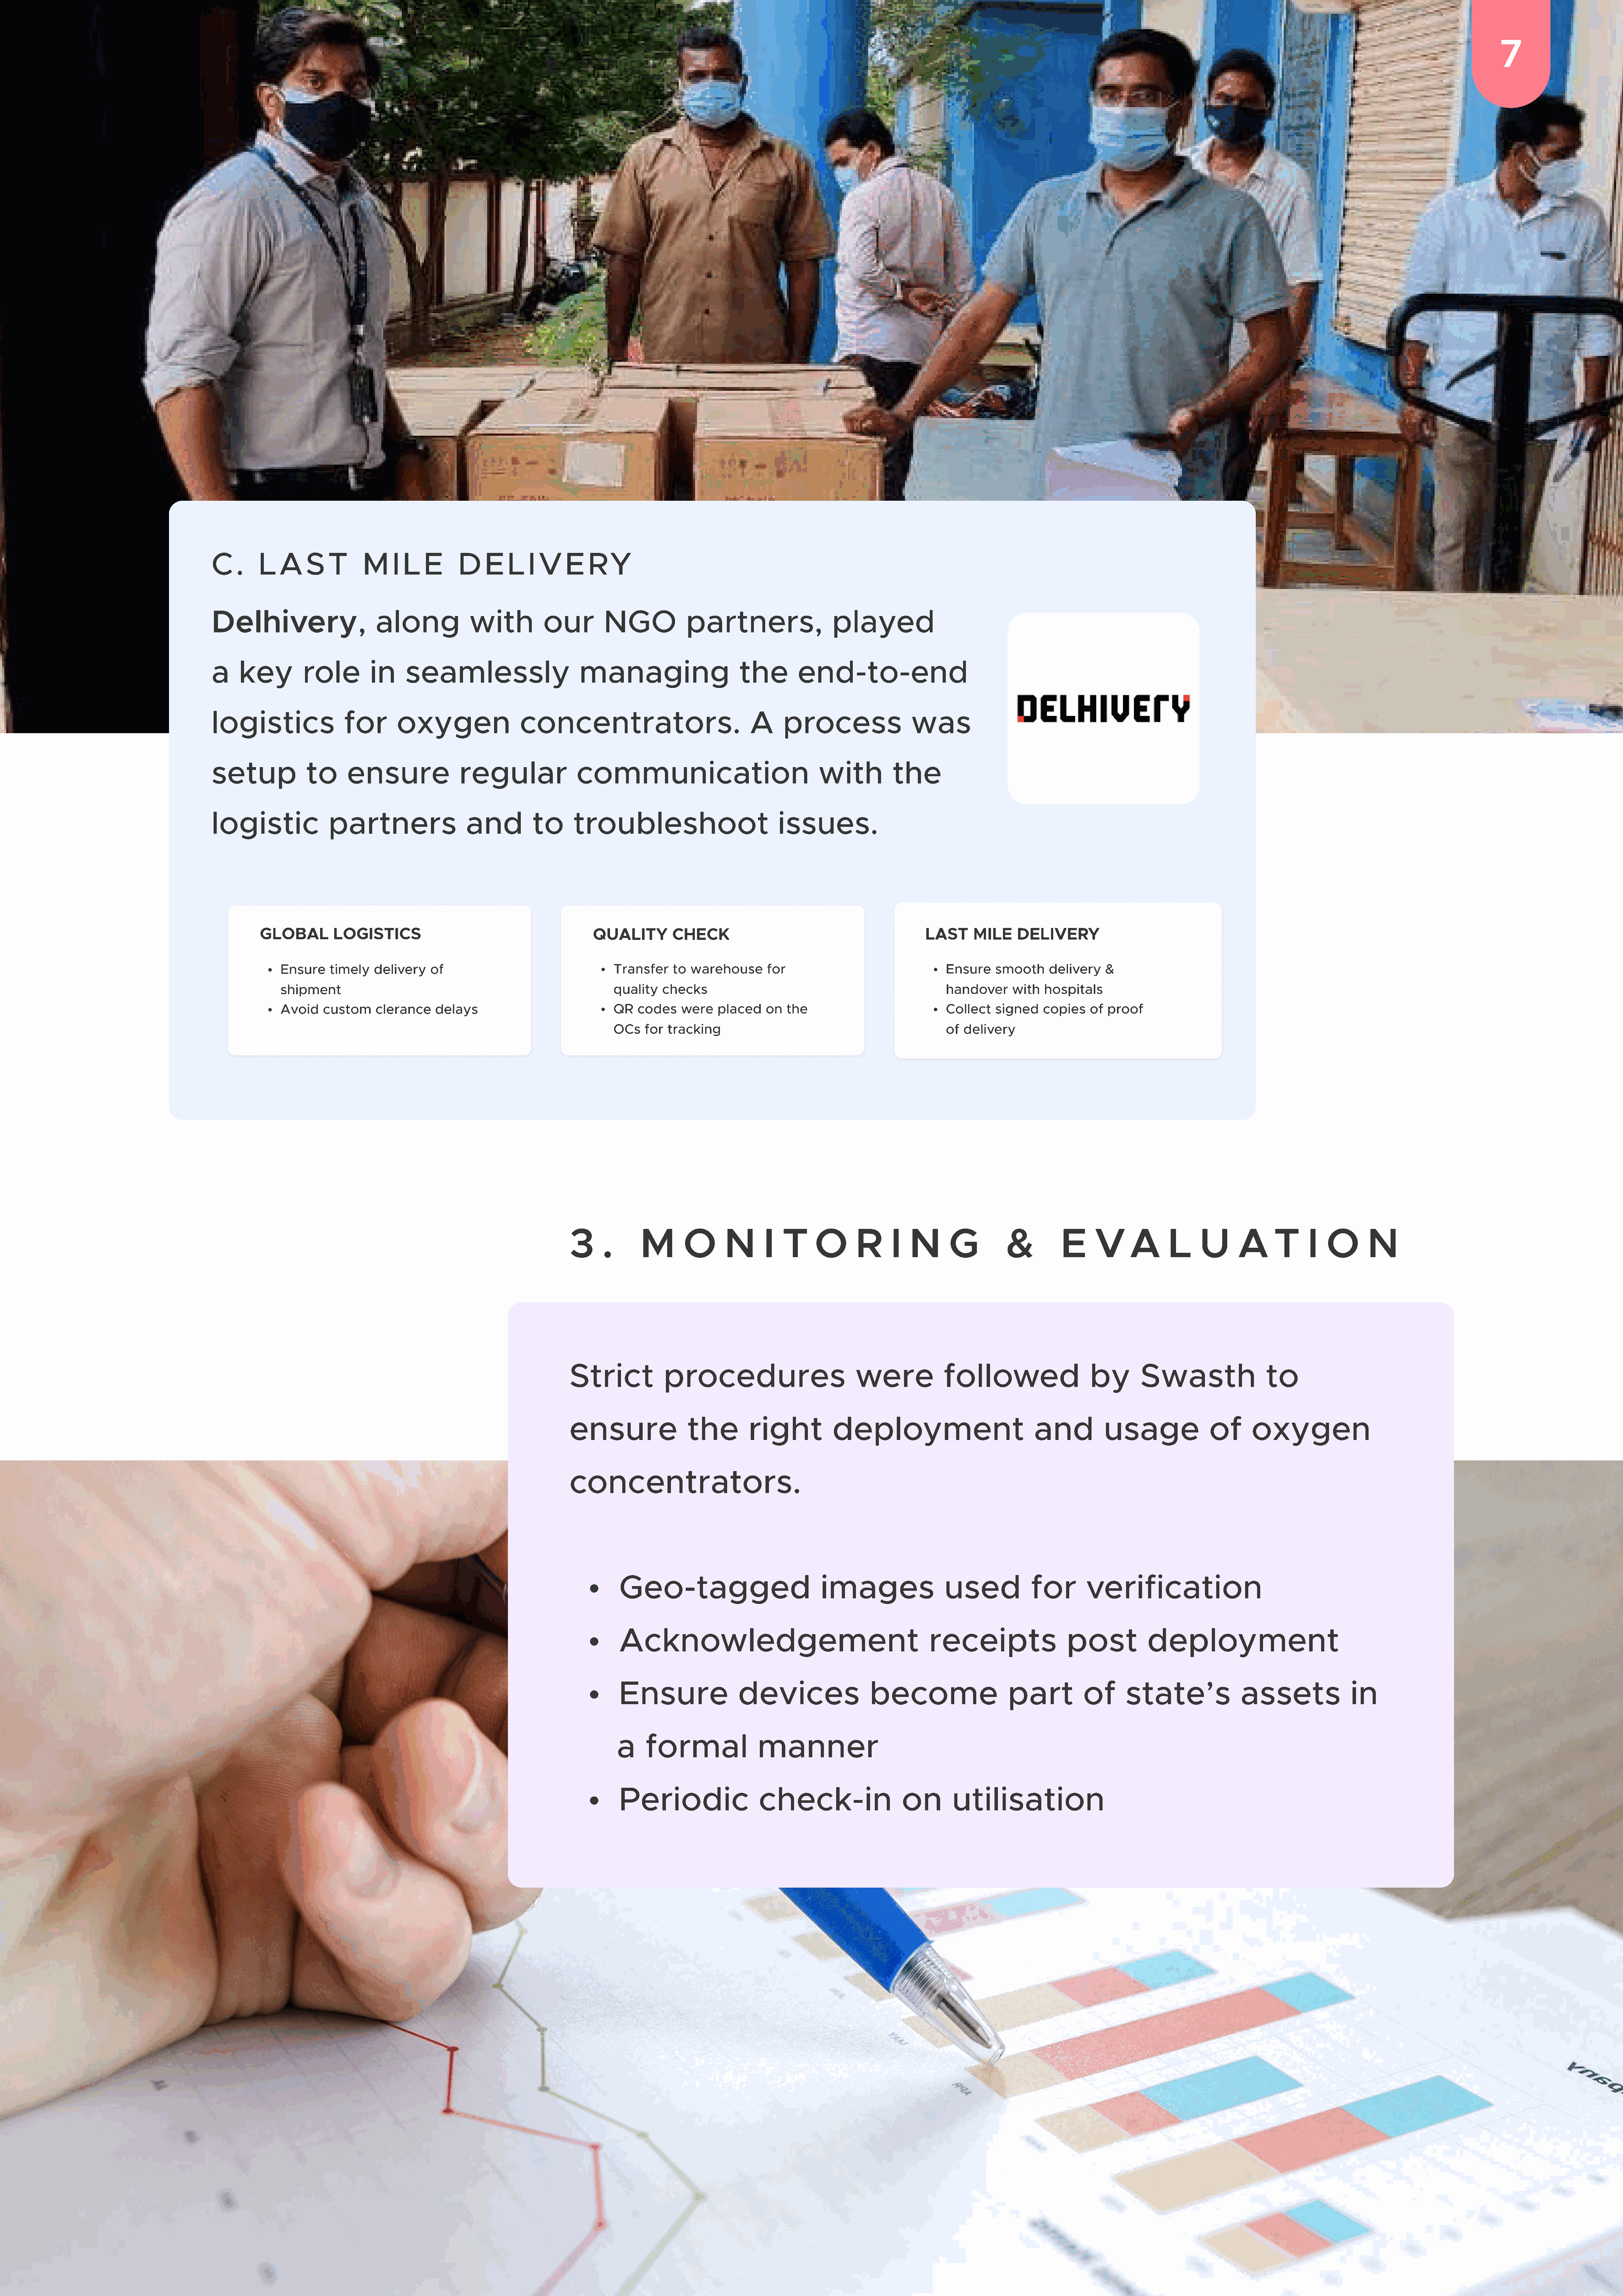
7
 C    .    L   A    S    T      M      I L   E      D     E    L   I V     E    RY
 Delhivery,                        along               with           our          NGO              partners,                      played
 a    key           role          in     seamlessly                           managing                          the         end-to-end
 logistics                  for         oxygen                    concentrators.                                  A      process                    was
 setup              to       ensure                  regular                 communication                                      with            the
 logistic                partners                     and           to       troubleshoot                               issues.
 Global         logistics                                              quality          check                                                Last      mile     delivery
 Ensure    timely    delivery    of                                    Transfer     to warehouse        for                                  Ensure     smooth     delivery    &
 shipment                                                              quality    checks                                                     handover      with   hospital
 Avoid    custom     clerance     delays                               QR   codes    were    placed    on   the                              Collect    signed    copies    of proof
 OCs    for  tracking                                                  of  delivery
 3      .       M        O        N       I   T      O       R       I   N       G           &           E      V      A       L      U       A      T       I   O       N
 Strict              procedures                              were               followed                       by        Swasth                     to
 ensure                   the          right            deployment                                 and            usage                 of       oxygen
 concentrators
 Geo-tagged                                 images                    used              for         verification
 Acknowledgement                                                   receipts                     post             deployment
 Ensure                    devices                    become                       part            of       state’s                 assets                  in
 a     formal                  manne
 Periodic                      check-in                      on         utilisation